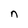
Character: n